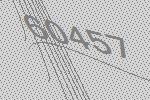
60457